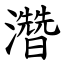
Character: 濳